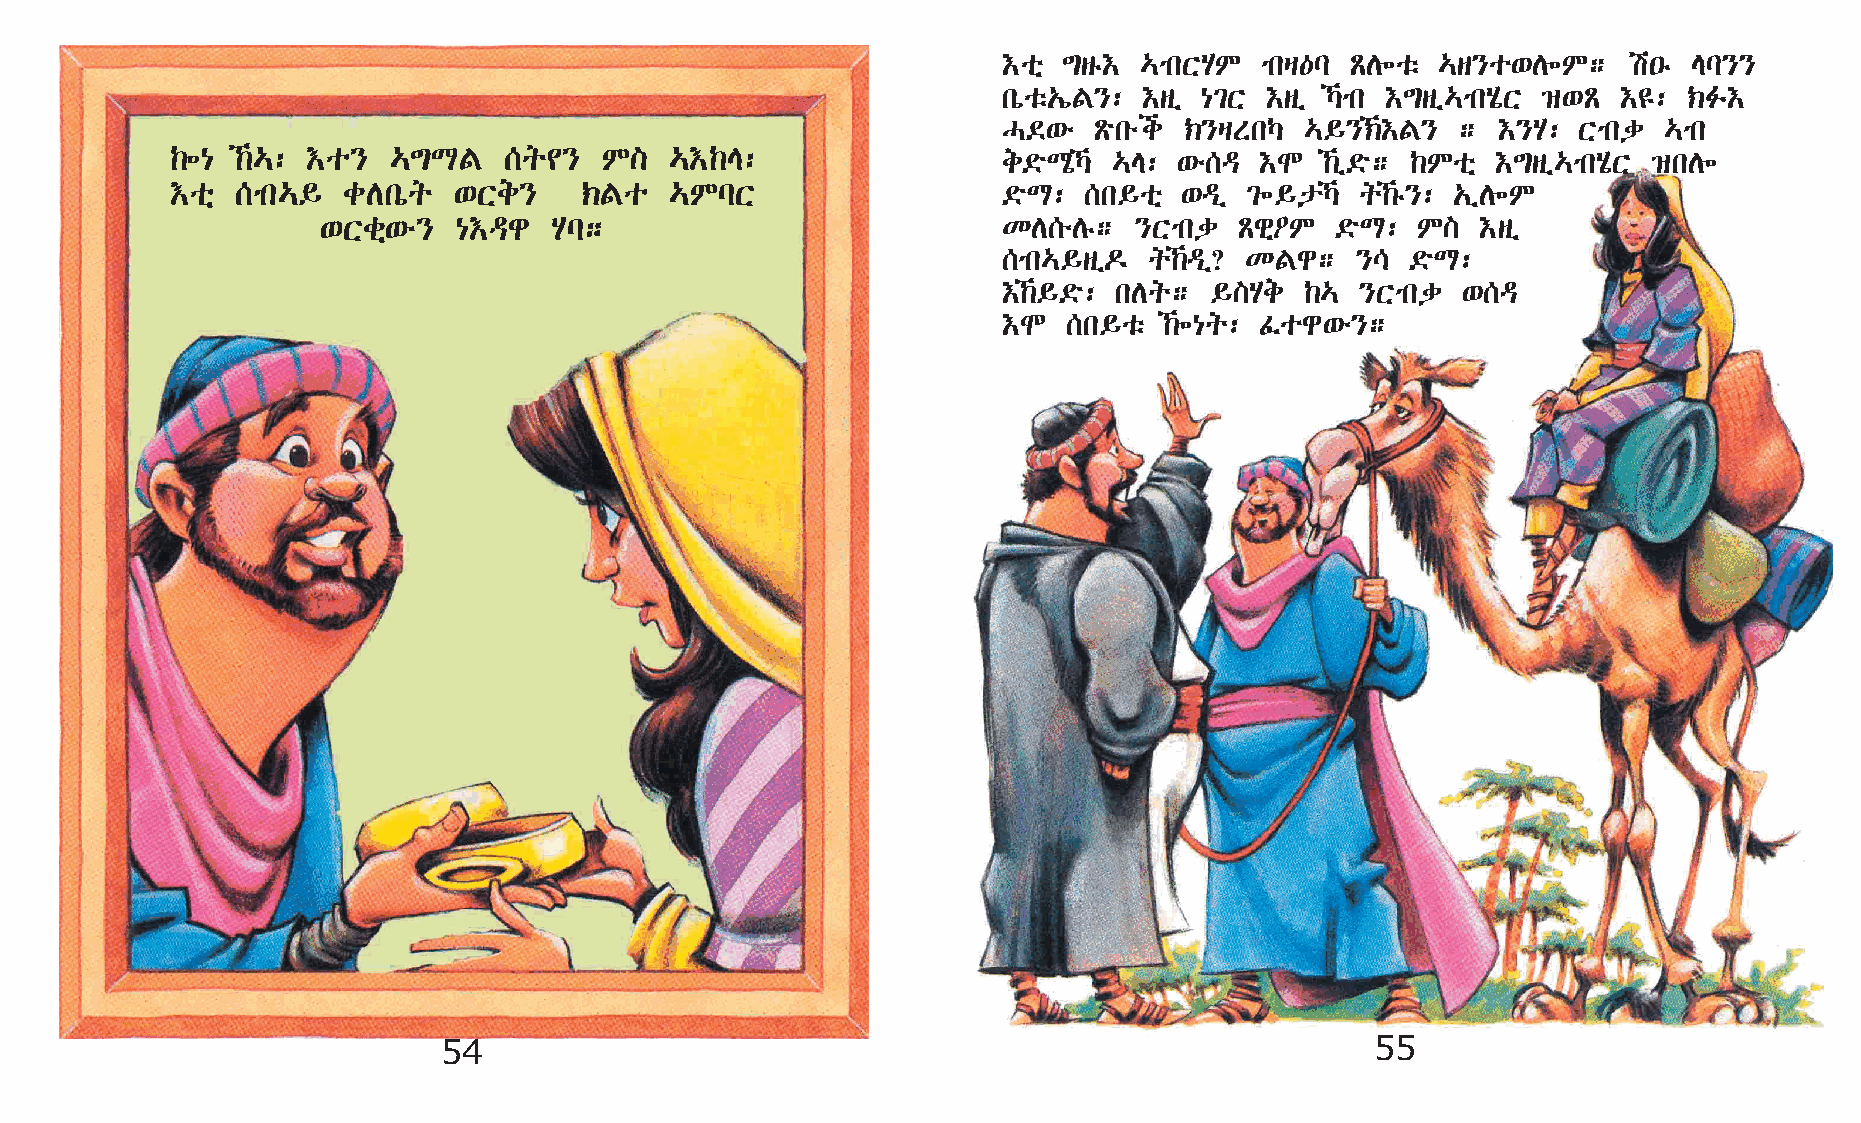
†oñ ´sê†  …mkXAM  mkš—l ÃD÷oë …s}o‘D÷M;   a•ê El}}
 kòoë„íF}: †sï {²X †sï Šmk †´sï…mkAôX ›‘Ã †£: ‹Ë†
 H©‘é  Ãökéi ‹}šSkŠ  …§}‹†F}   ; †}A:  Xmkd …mk
 ‰÷{  ‰…: †o}  …´LF   [q¢}   M]  …†‰E:                 e©öLôŠ …E: ‘é[ª †N   ‰ï©ö; ‰Moñ †´sï…mkAôX ›kD÷
 †oñ  [mk…§  cDkòq  ‘Xe}    ‹Fo   …MlX                  ©öL:  [k§oñ ‘ªï  ²÷§pŠ q‰ê}: „ïD÷M
 ‘Xcñ‘é}  {†ªg  Al;                           KD[éDê;  }Xmkd  Ãgñ˜M ©öL:  M]  †sï
 [mk…§sï¬  q‰ªï? KFg;   }\ ©öL:
 †‰§©ö: kDq;  §]Ae  ‰…  }Xmkd  ‘[ª
 †N   [k§oë ‰÷{q: Êog‘é};
 54                                                            55